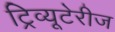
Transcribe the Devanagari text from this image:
ट्रिव्यूटेरीज